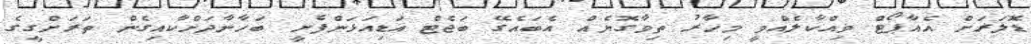
ޑޮލަރަށް އެއާޕޯޓް ވިއްކާލެއްވީ މިހާރު ތިވާގޮޔެއް އެބައެގޭ ބަޖެޓް އަޑިއަޅަންފެށީ ބަހާނާދަށްކާއިގެން ތަރަށްގީގެ